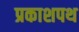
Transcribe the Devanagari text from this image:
प्रकाशपथ